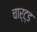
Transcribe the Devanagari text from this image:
चार्ट्ड